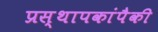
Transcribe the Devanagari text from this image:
प्रस्थापकांपैकी